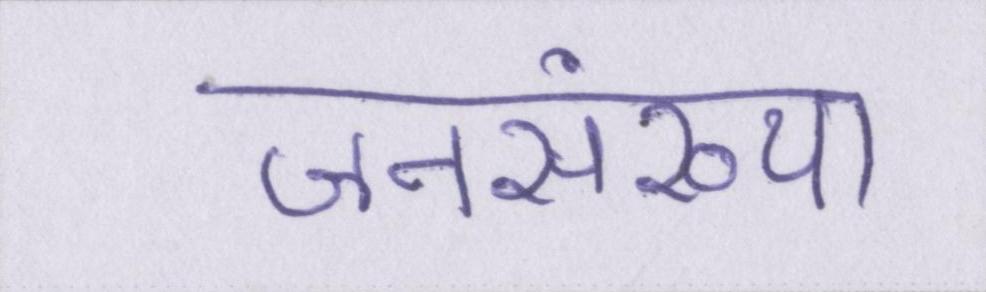
जनसंख्या